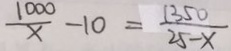
\frac { 1 0 0 0 } { x } - 1 0 = \frac { 1 3 5 0 } { 2 5 - x }